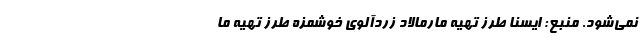
نمی‌شود. منبع: ایسنا طرز تهیه مارمالاد زردآلوی خوشمزه طرز تهیه ما